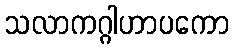
သလာကဂ္ဂါဟာပကော